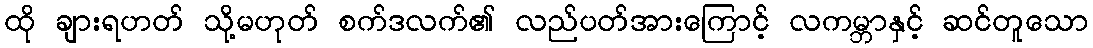
ထို ချားရဟတ် သို့မဟုတ် စက်ဒလက်၏ လည်ပတ်အားကြောင့် လကမ္ဘာနှင့် ဆင်တူသော